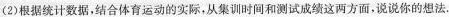
(2)根据统计数据，结合体育运动的实际，从集训时间和测试成绩这两方面，说说你的想法.